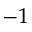
- 1